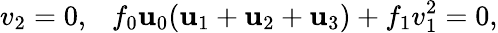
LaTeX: v_{2}=0,~~~f_{0}\mathbf{u}_{0}(\mathbf{u}_{1}+\mathbf{u}_{2}+\mathbf{u}_{3})+f_{1}v_{1}^{2}=0,